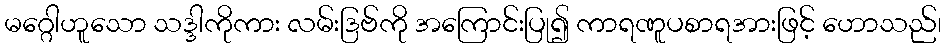
မဂ္ဂေါဟူသော သဒ္ဒါကိုကား လမ်းဒြဗ်ကို အကြောင်းပြု၍ ကာရဏူပစာရအားဖြင့် ဟောသည်၊